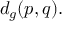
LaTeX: d _ { g } ( p , q ) .